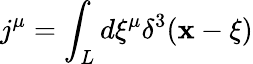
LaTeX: j^{\mu}=\int_{L}d\xi^{\mu}\delta^{3}(\mathbf{x}-\xi)